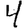
Digit: 4